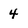
Character: 4